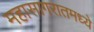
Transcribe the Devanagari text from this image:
महासागरातमध्ये